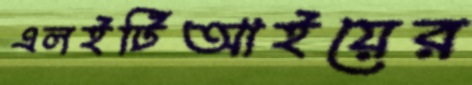
এলইটিআইয়ের